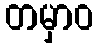
တမှာဝ